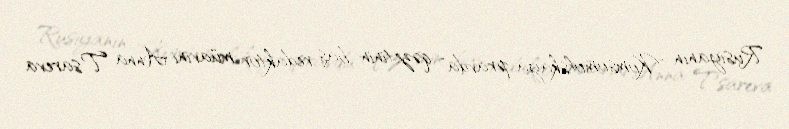
Rusiyanın "Komsomolskaya pravda" qəzetinin baş redaktor müavini Anna Tsareva